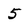
Character: 5